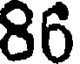
86